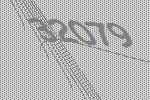
32079